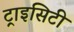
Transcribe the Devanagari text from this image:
ट्राइसिटी